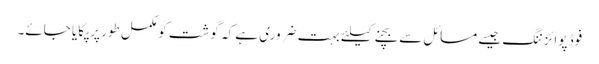
فوڈ پوائزننگ جیسے مسائل سے بچنے کیلئے بہت ضروری ہے کہ گوشت کو مکمل طور پر پکایا جائے۔